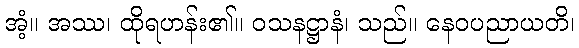
အံ့။ အဿ၊ ထိုရဟန်း၏။ ဝသနဋ္ဌာနံ၊ သည်။ နေဝပညာယတိ၊